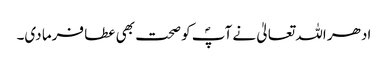
ادھر اللہ تعالیٰ نے آپؐ کو صحت بھی عطا فرما دی۔